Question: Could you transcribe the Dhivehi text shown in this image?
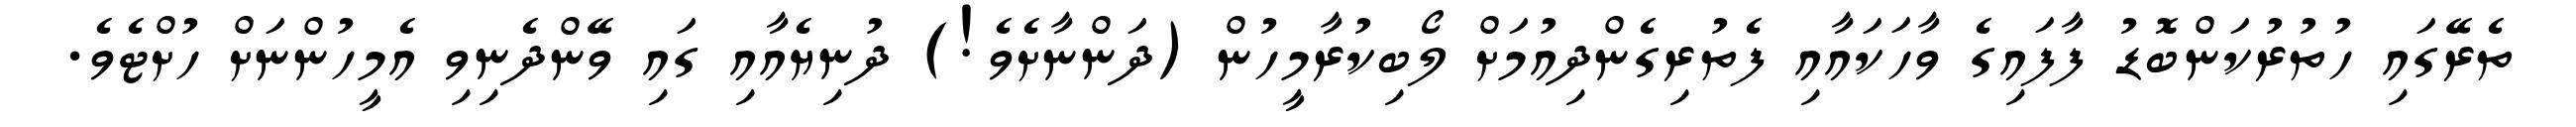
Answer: ތެރޭގައި ހުތުރުކަންބޮޑު ފާފައިގެ ވާހަކައާއި ފެތުރިގެންދިއުމަށް ލޯބިކުރާމީހުން (ދަންނާށެވެ!) ދުނިޔެއާއި ގައި ވޭންދެނިވި އެމީހުންނަށް ހުށްޓެވެ.